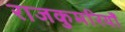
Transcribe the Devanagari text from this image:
राजकुमरियाँ